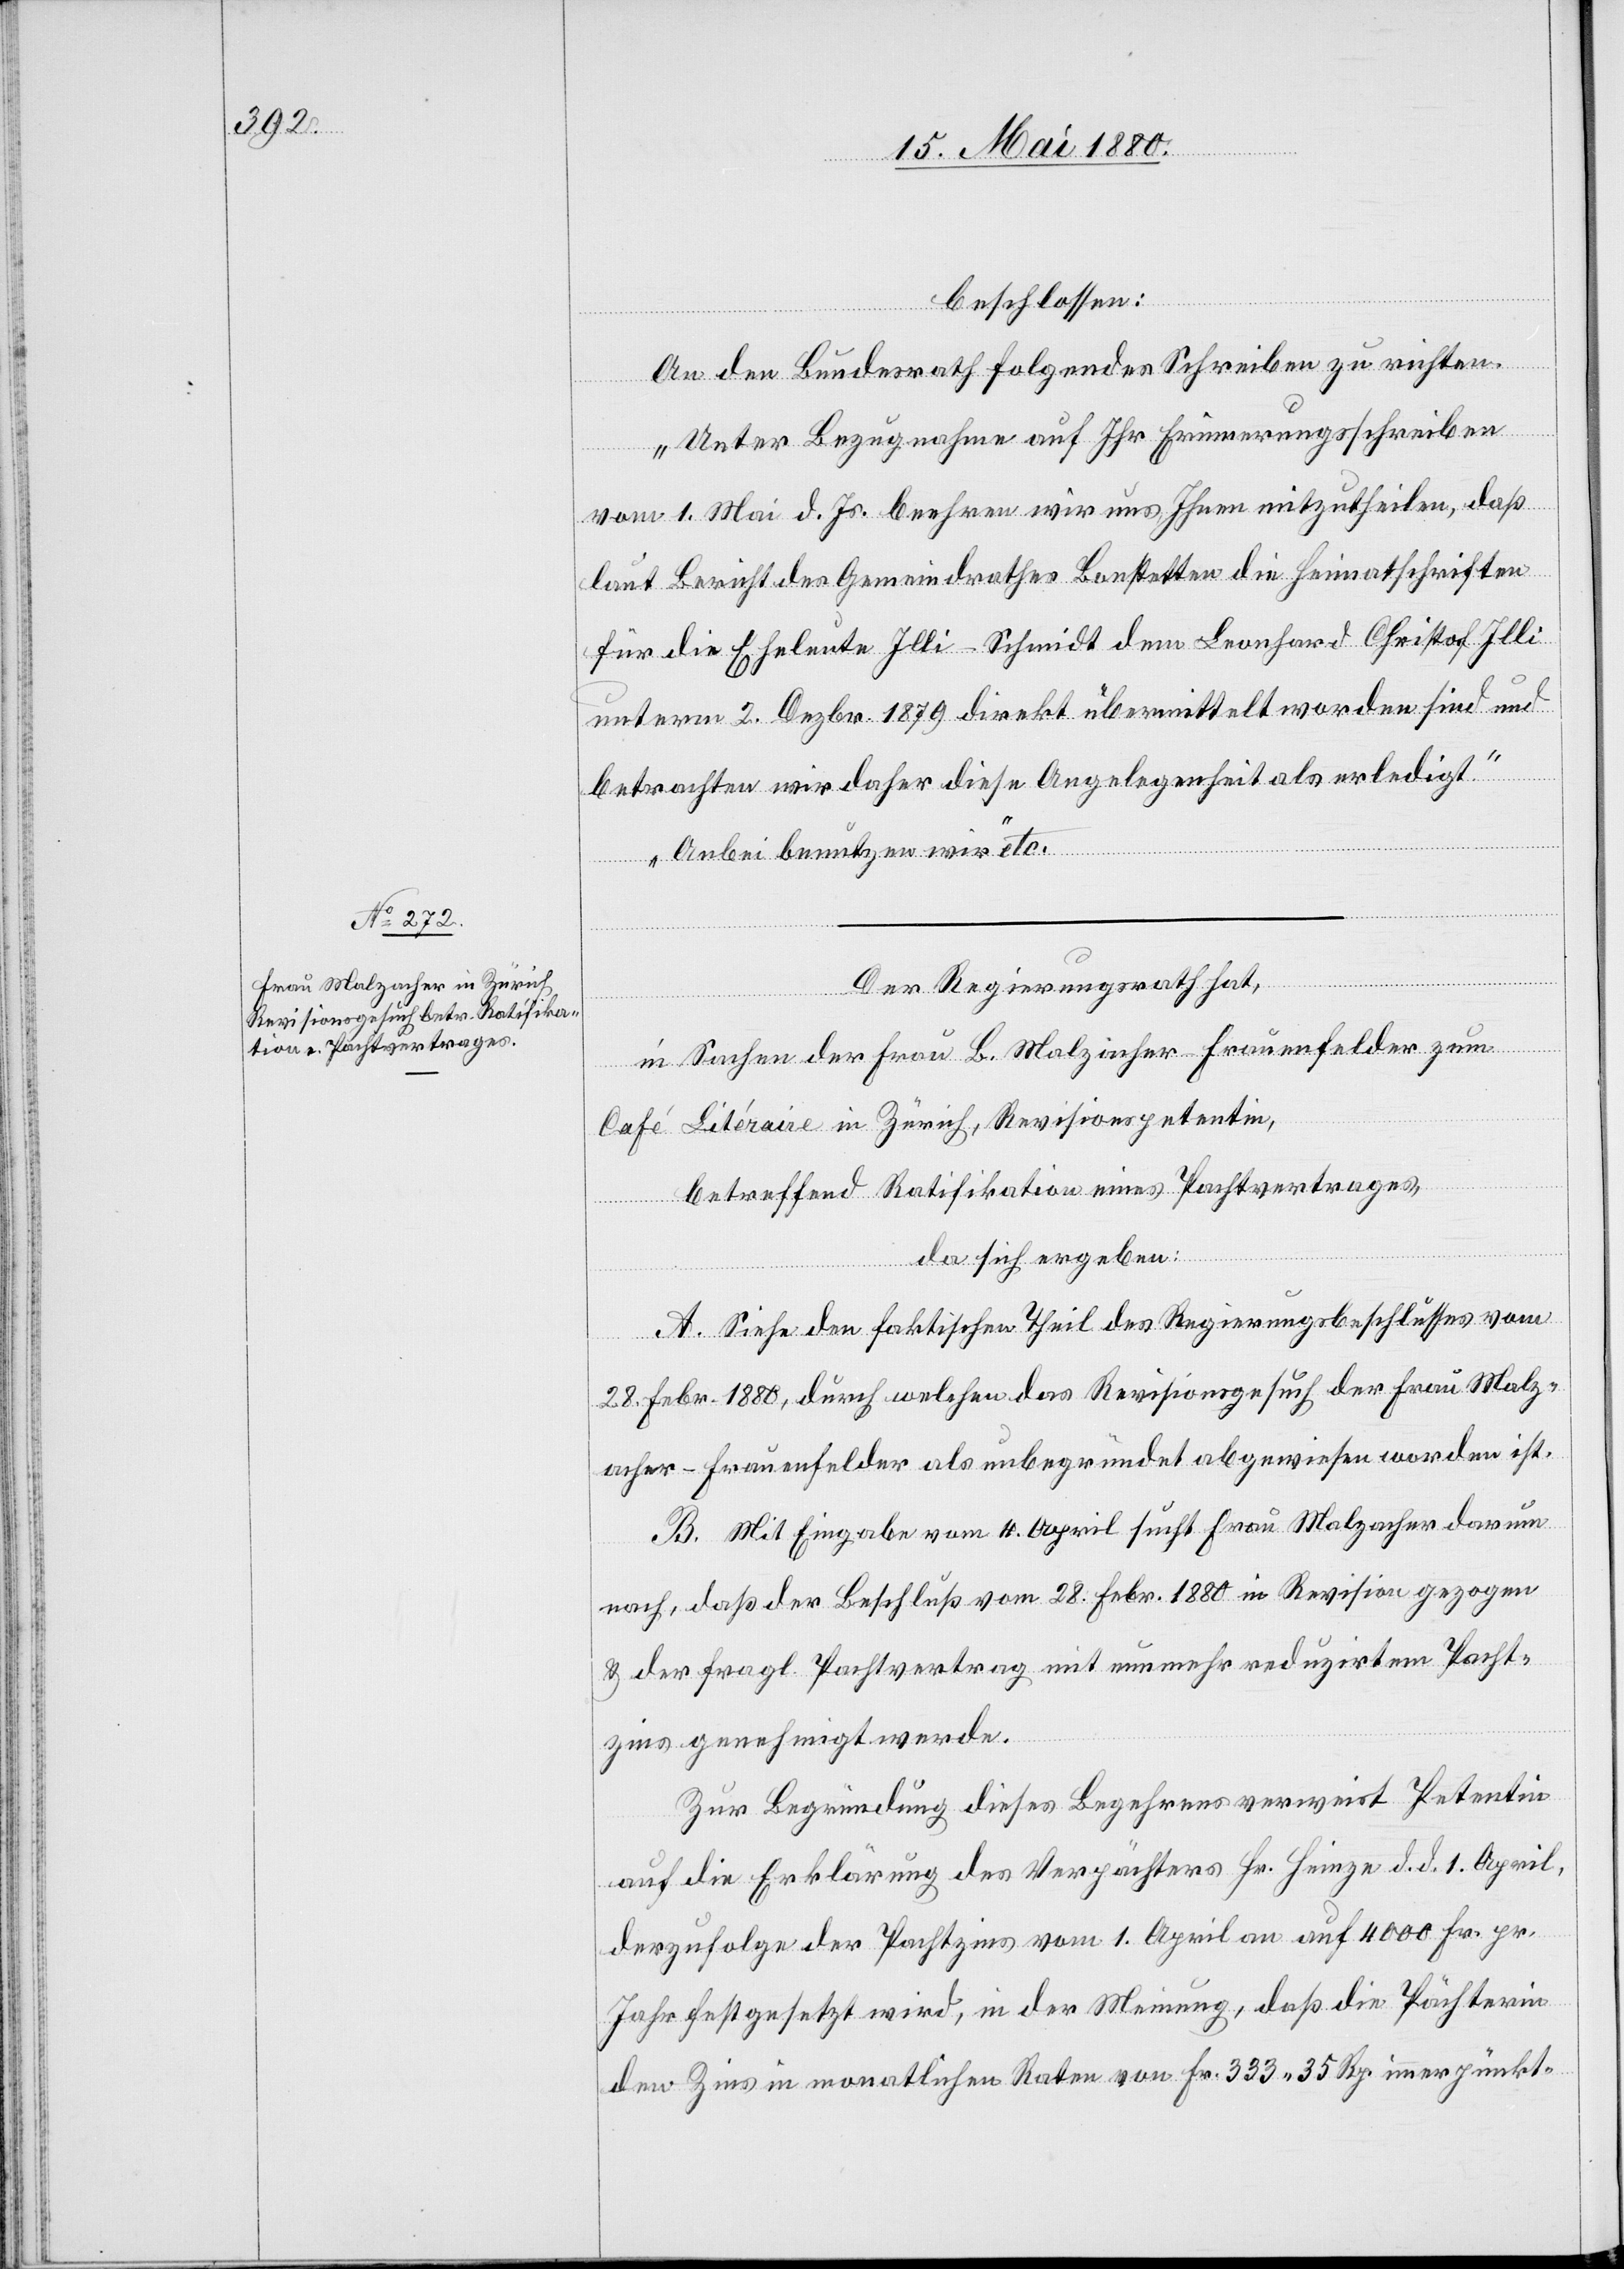
beschlossen:
An den Bundesrath folgendes Schreiben zu richten:
„Unter Bezugnahme auf Ihr Erinnerungsschreiben
vom 1. Mai d. Js. beehren wir uns Ihnen mitzutheilen, daß
laut Bericht des Gemeindrathes Bonstetten die Heimatschriften
für die Eheleute Illi-Schmidt dem Leonhard Christof Illi
unterm 2. Dezbr. 1879 direkt übermittelt worden sind und
betrachten wir daher diese Angelegenheit als erledigt.
Anbei benutzen wir“ etc.
Der Regierungsrath hat,
in Sachen der Frau B. Malzacher-Frauenfelder zum
Café Litéraire in Zürich, Revisionspetentin,
betreffend Ratifikation eines Pachtvertrages,
da sich ergeben:
A. Siehe den faktischen Theil des Regierungsbeschlusses vom
28. Febr. 1880, durch welchen das Revisionsgesuch der Frau Malz¬
acher-Frauenfelder als unbegründet abgewiesen worden ist.
B. Mit Eingabe vom 4. April sucht Frau Malzacher darum
nach, daß der Beschluß vom 28. Febr. 1880 in Revision gezogen
& der fragl. Pachtvertrag mit nunmehr reduzirtem Pacht¬
zins genehmigt werde.
Zur Begründung dieses Begehrens verweist Petentin
auf die Erklärung des Verpächters Hr. Heinze d. d. 1. April,
derzufolge der Pachtzins vom 1. April an auf 4000 Fr. pr.
Jahr festgesetzt wird, in de Meinung, daß die Pächterin
den Zins in monatlichen Raten von Fr. 333. 35 Rp. immer pünkt-